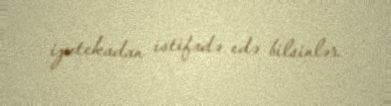
ipotekadan istifadə edə bilsinlər.